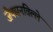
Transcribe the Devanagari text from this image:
जैक्सनविल्ले